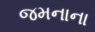
જમનાના